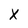
Character: X